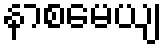
နာစမေယျ